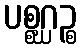
ပစ္စဂ္ဃဉ္စ